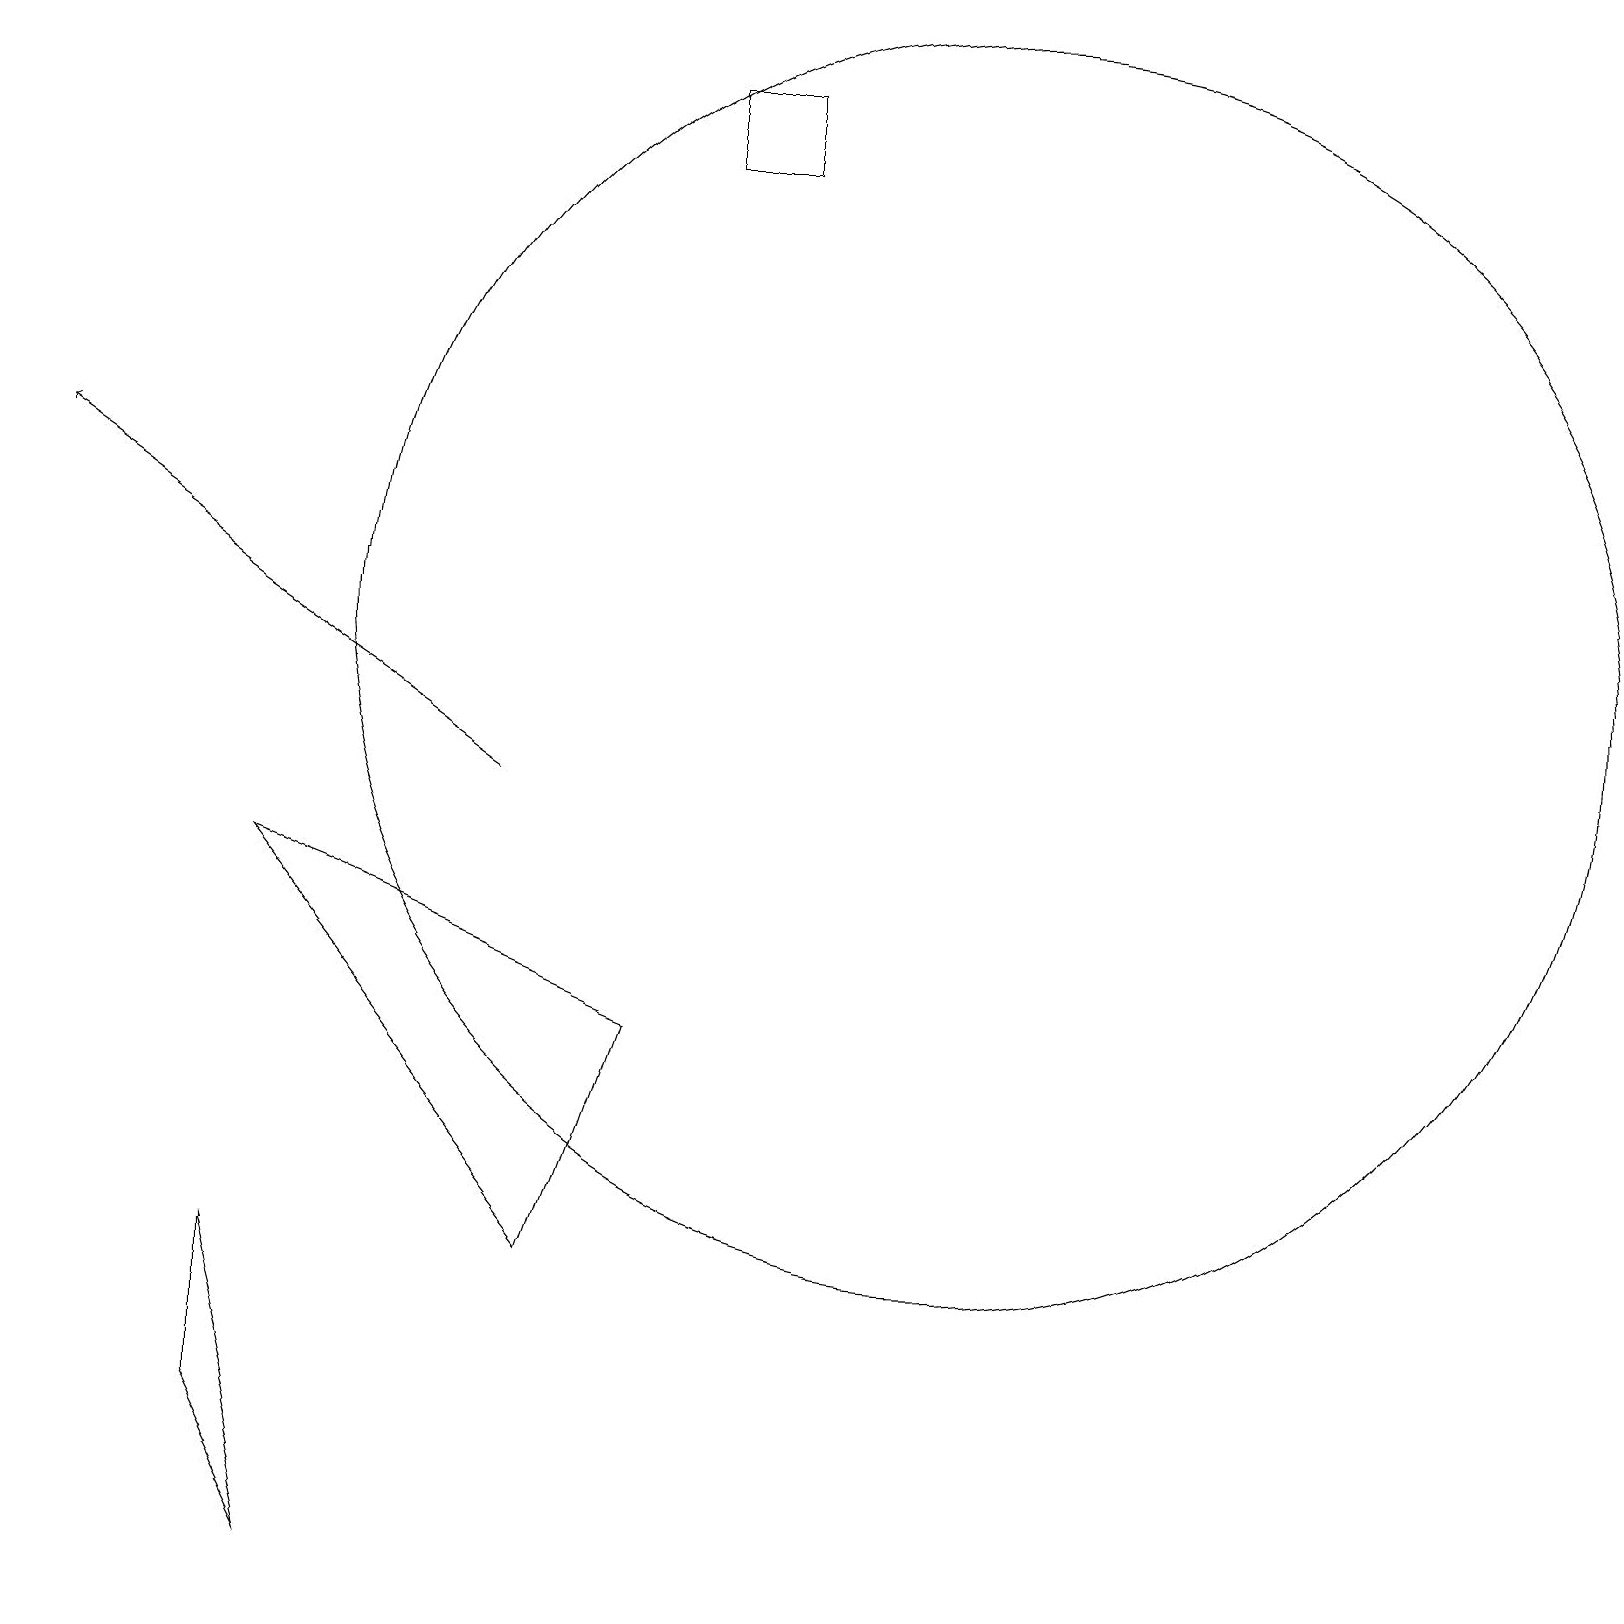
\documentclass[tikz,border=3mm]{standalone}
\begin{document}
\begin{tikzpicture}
\draw (8,18) rectangle (9,19);
\draw[->] (6,10) -- (0,14);
\draw (7,4) -- (3,9) -- (8,7) -- cycle;
\draw (12,12) circle (8);
\draw (3,4) -- (4,0) -- (3,2) -- cycle;
\draw (11,11) circle (0);
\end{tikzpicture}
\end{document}